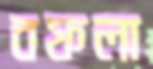
বফলা